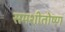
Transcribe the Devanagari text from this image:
समशीतोष्‍ण